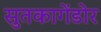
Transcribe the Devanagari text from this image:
सुतकागेंडोर